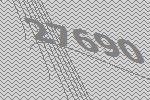
27690